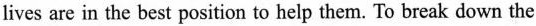
lives are in the best position to help them. To break down the